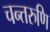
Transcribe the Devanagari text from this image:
चन्तरुणि